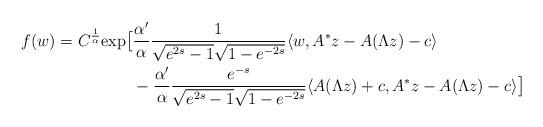
LaTeX: \begin{align*}f(w) =C^\frac1\alpha{\rm exp}\big[& \frac{\alpha'}{\alpha} \frac{1}{ \sqrt{e^{2s}-1} \sqrt{1-e^{-2s}}} \langle w, A^*z - A(\Lambda z)- c \rangle \\&- \frac{\alpha'}{\alpha} \frac{e^{-s}}{ \sqrt{e^{2s}-1} \sqrt{1-e^{-2s}}} \langle A(\Lambda z) + c, A^*z - A(\Lambda z) - c \rangle\big] \end{align*}